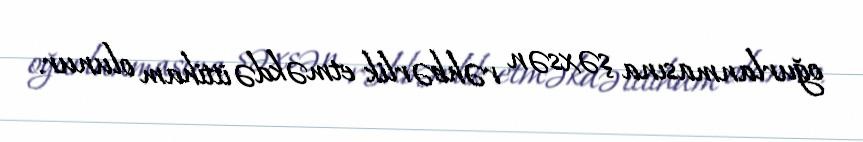
oğurlanmasına şəxsən rəhbərlik etməkdə ittiham olunur.